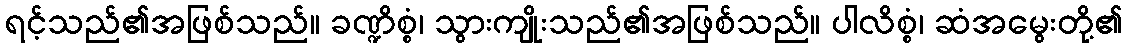
ရင့်သည်၏အဖြစ်သည်။ ခဏ္ဍိစ္စံ၊ သွားကျိုးသည်၏အဖြစ်သည်။ ပါလိစ္စံ၊ ဆံအမွေးတို့၏